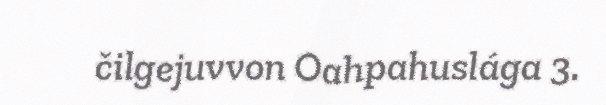
čilgejuvvon Oahpahuslága 3.